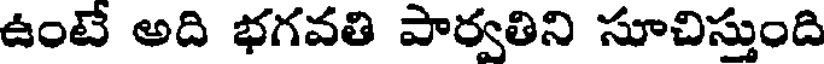
ఉంటే అది భగవతి పార్వతిని సూచిస్తుంది